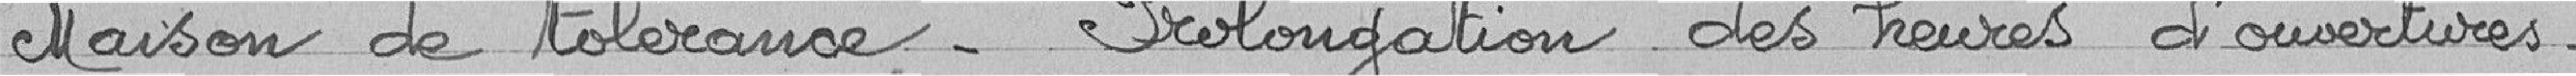
Maison de tolérance - Prolongation des heures d'ouvertures